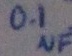
Text: 0.1µF